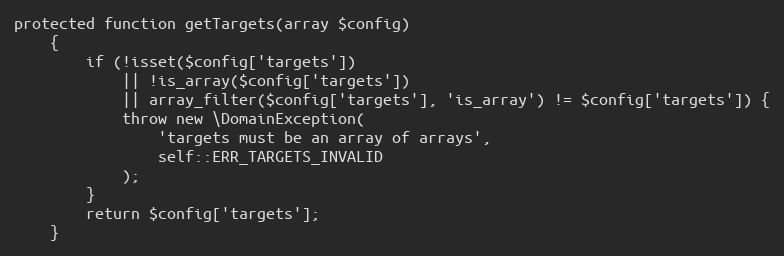
Language: PHP
protected function getTargets(array $config)
    {
        if (!isset($config['targets'])
            || !is_array($config['targets'])
            || array_filter($config['targets'], 'is_array') != $config['targets']) {
            throw new \DomainException(
                'targets must be an array of arrays',
                self::ERR_TARGETS_INVALID
            );
        }
        return $config['targets'];
    }